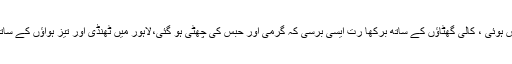
صوبائی دارالحکومت سمیت پنجاب کے مختلف علاقوں میں بارش ہوئی ، کالی گھٹاؤں کے ساتھ برکھا رت ایسی برسی کہ گرمی اور حبس کی چھٹی ہو گئی،لاہور میں ٹھنڈی اور تیز ہواؤں کے ساتھ رات گئے سے برسنے والی بارش سے موسم خوشگوار ہو گیا۔